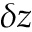
\delta z